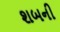
શબની